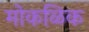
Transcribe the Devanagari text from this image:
मोकळिक